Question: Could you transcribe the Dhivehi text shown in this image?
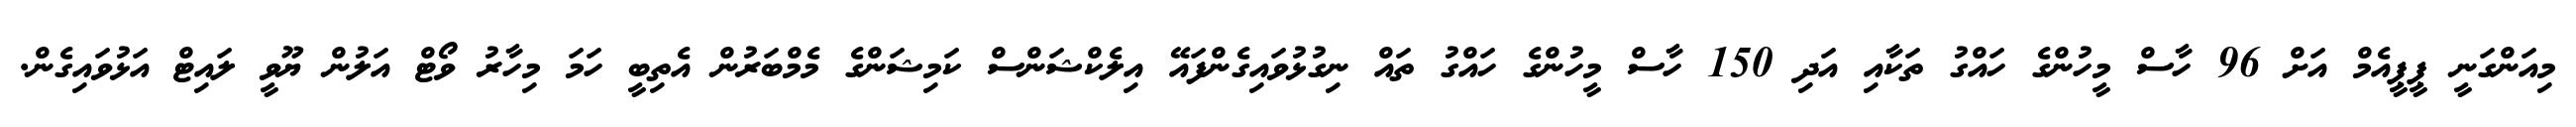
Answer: މިއަންގަނީ ޕީޕީއެމް އަށް 96 ހާސް މީހުންގެ ހައްގު ތަކާއި އަދި 150 ހާސް މީހުންގެ ހައްގު ތައް ނިގުޅުވައިގެންފައޭ އިލެކްޝަންސް ކަމިޝަންގެ މެމްބަރުން އެތިބީ ހަމަ މިހާރު ވޯޓް އަލުން ޔޫވީ ލައިޓް އަޅުވައިގެން.